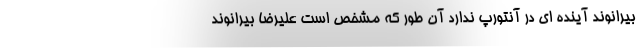
بیرانوند آینده ای در آنتورپ ندارد آن طور که مشخص است علیرضا بیرانوند